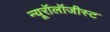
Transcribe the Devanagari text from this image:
न्यूरॉलॉजीस्ट